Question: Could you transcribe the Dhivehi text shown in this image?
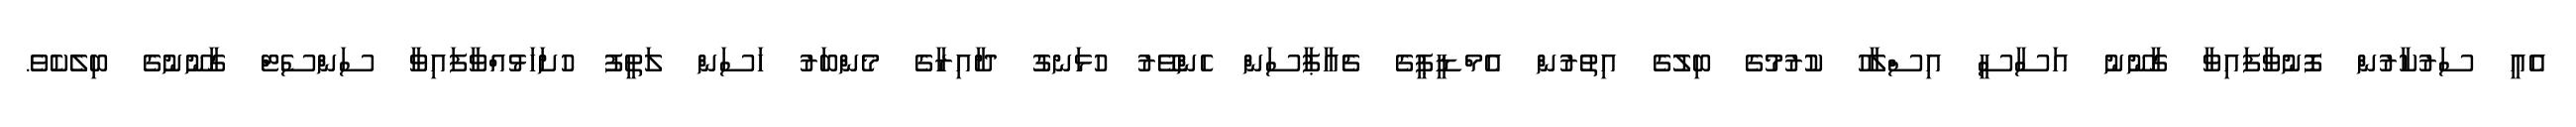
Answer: އެއީ ސަރުކާރުން ފޮނުވާފައިވާ ގާނޫނު އަސާސީ އިސްލާހު ކުރުމުގެ ބިލުގެ އިތުރުން އެމްޑީޕީގެ ޗެއާޕާސަން ހެންވޭރު ހުޅަނގު ދާއިރާގެ މެންބަރު ހަސަން ލަތީފު ހުށަހަޅުއްވާފައިވާ ސަންސެޓް ގާނޫނުގެ ބިލެކެވެ.